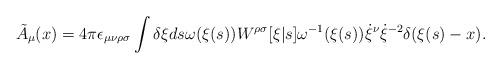
LaTeX: \begin{align*}\tilde{A}_\mu (x)= 4\pi \epsilon_{\mu\nu\rho\sigma} \int \delta \xi ds\omega(\xi(s)) W^{\rho\sigma} [\xi|s] \omega^{-1} (\xi(s))\dot{\xi}^\nu \dot{\xi}^{-2} \delta (\xi(s)-x).\end{align*}